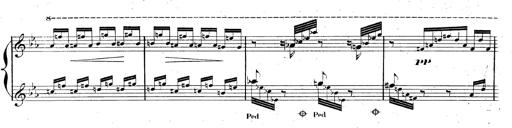
Title: AnnÃ©es de pÃ¨lerinage II, SupplÃ©ment
Composer: Franz Liszt